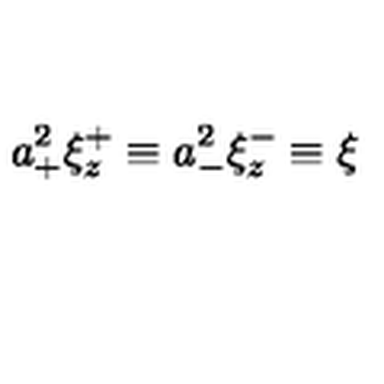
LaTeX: a _ { + } ^ { 2 } \xi _ { z } ^ { + } \equiv a _ { - } ^ { 2 } \xi _ { z } ^ { - } \equiv \xi